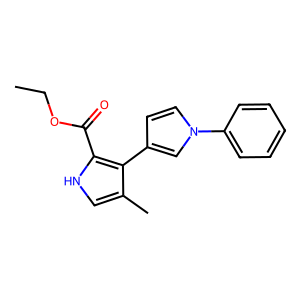
SMILES: CCOC(=O)c1[nH]cc(C)c1-c1ccn(-c2ccccc2)c1
Inhibits HIV replication: No